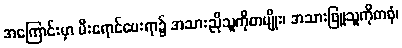
အကြောင်းမှာ မီးရောင်ပေးရာ၌ အသားညိုသူကိုတမျိုး၊ အသားဖြူသူကိုတဖုံ၊